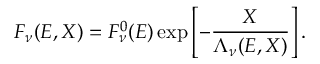
F _ { \nu } ( E , X ) = F _ { \nu } ^ { 0 } ( E ) \exp \left[ - \frac { X } { \Lambda _ { \nu } ( E , X ) } \right] .